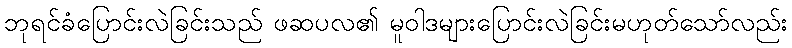
ဘုရင်ခံပြောင်းလဲခြင်းသည် ဖဆပလ၏ မူဝါဒများပြောင်းလဲခြင်းမဟုတ်သော်လည်း